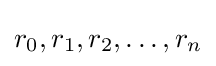
r_{0},r_{1},r_{2},\dots ,r_{n}